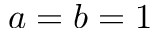
a = b = 1